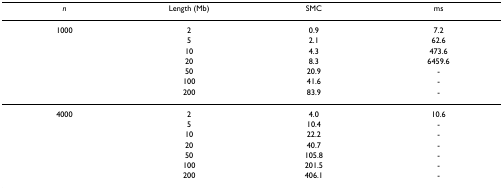
| n | Length (Mb) | SMC | ms |
 | --- | --- | --- | --- |
 | 1000 | 2 | 0.9 | 7.2 |
 |  | 5 | 2.1 | 62.6 |
 |  | 10 | 4.3 | 473.6 |
 |  | 20 | 8.3 | 6459.6 |
 |  | 50 | 20.9 | - |
 |  | 100 | 41.6 | - |
 |  | 200 | 83.9 | - |
 | 4000 | 2 | 4.0 | 10.6 |
 |  | 5 | 10.4 | - |
 |  | 10 | 22.2 | - |
 |  | 20 | 40.7 | - |
 |  | 50 | 105.8 | - |
 |  | 100 | 201.5 | - |
 |  | 200 | 406.1 | - |